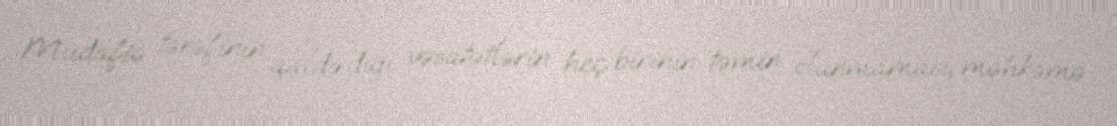
Müdafiə tərəfinin qaldırdığı vəsatətlərin heç birinin təmin olunmaması, məhkəmə